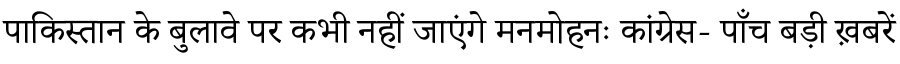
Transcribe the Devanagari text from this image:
पाकिस्तान के बुलावे पर कभी नहीं जाएंगे मनमोहनः कांग्रेस- पाँच बड़ी ख़बरें